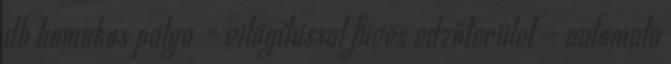
db homokos pálya – világítással füves edzőterület – automata